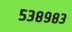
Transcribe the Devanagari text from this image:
५३८९८३